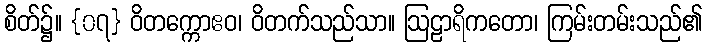
စိတ်၌။ {၀၇} ဝိတက္ကောဧဝ၊ ဝိတက်သည်သာ။ ဩဠာရိကတော၊ ကြမ်းတမ်းသည်၏